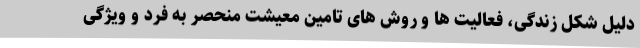
دلیل شکل زندگی، فعالیت ها و روش های تامین معیشت منحصر به فرد و ویژگی